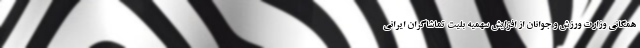
همگانی وزارت ورزش و جوانان از افزایش سهمیه بلیت‌ تماشاگران ایرانی